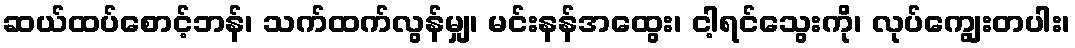
ဆယ်ထပ်စောင့်ဘန်၊ သက်ထက်လွန်မျှ၊ မင်းနန်အထွေး၊ ငါ့ရင်သွေးကို၊ လုပ်ကျွေးတပါး၊